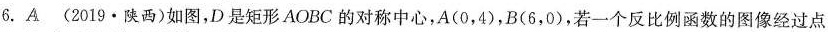
6.A (2019·陕西)如图，D是矩形AOBC的对称中心，A\begin{pmatrix} 0,4 \end{pmatrix} ，B\begin{pmatrix} 6,0 \end{pmatrix} ，若一个反比例函数的图像经过点